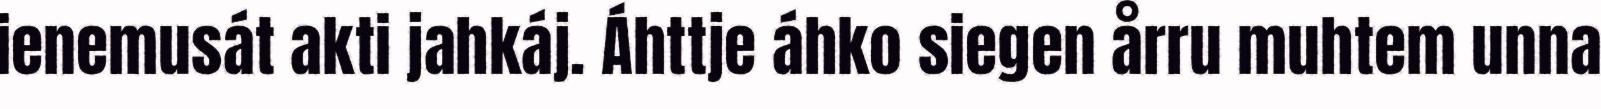
ienemusát akti jahkáj. Áhttje áhko siegen årru muhtem unna